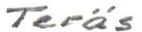
Teräs